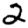
Digit: 2